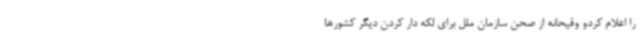
را اعلام کردو وقیحانه از صحن سازمان ملل برای لکه دار کردن دیگر کشورها